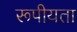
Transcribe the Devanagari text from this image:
रूपीयता